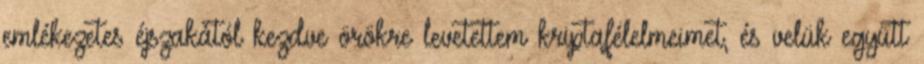
emlékezetes éjszakától kezdve örökre levetettem kriptafélelmeimet, és velük együtt